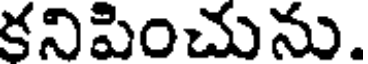
కనిపించును.